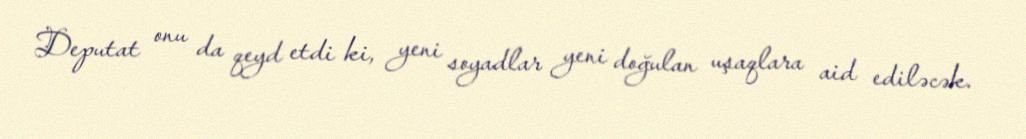
Deputat onu da qeyd etdi ki, yeni soyadlar yeni doğulan uşaqlara aid ediləcək.